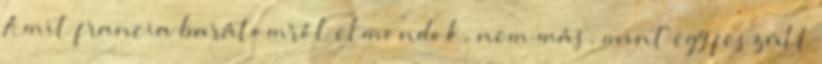
Amit francia barátomról elmondok, nem más, mint egy feszült